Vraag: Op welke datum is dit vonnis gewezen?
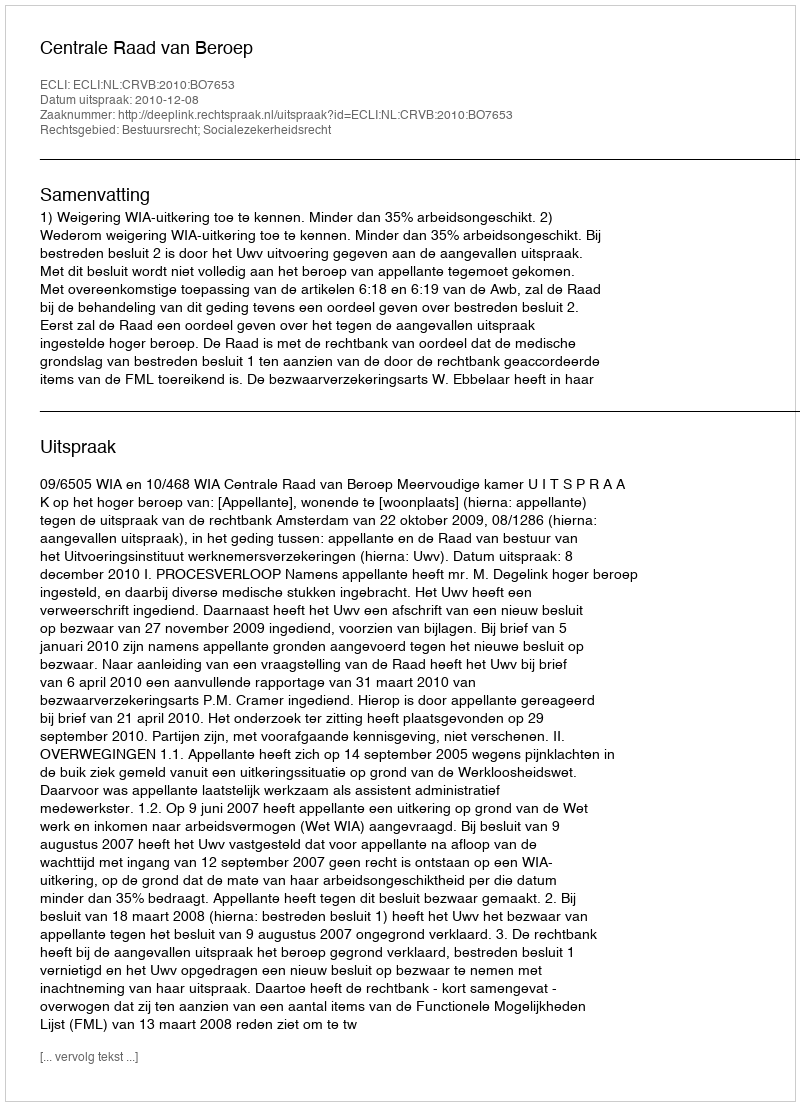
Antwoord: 2010-12-08